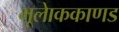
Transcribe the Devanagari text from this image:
भूलाेककाणड